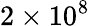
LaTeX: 2\times 10^{8}